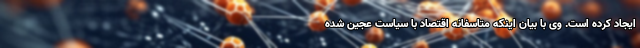
ایجاد کرده است. وی با بیان اینکه متاسفانه اقتصاد با سیاست عجین شده